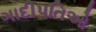
ગાદીપતિઓ